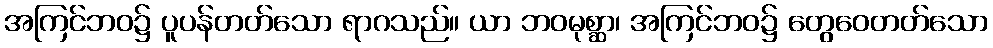
အကြင်ဘဝ၌ ပူပန်တတ်သော ရာဂသည်။ ယာ ဘဝမုစ္ဆာ၊ အကြင်ဘဝ၌ တွေဝေတတ်သော